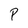
Character: P